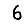
Digit: 6